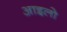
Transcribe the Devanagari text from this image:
आइलो